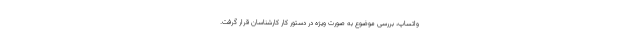
واتساپ، بررسی موضوع به صورت ویژه در دستور کار کارشناسان قرار گرفت.